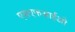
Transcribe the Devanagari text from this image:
एसएफआईओ